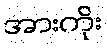
အားကိုး